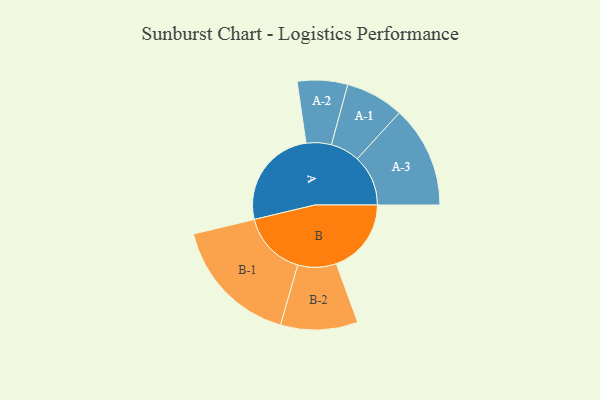
{"axis": {"x": "Segment", "y": "Value"}, "legend": ["", "A", "B"], "data": [{"x": "A", "y": 454, "type": ""}, {"x": "B", "y": 334, "type": ""}, {"x": "A-1", "y": 130, "type": "A"}, {"x": "A-2", "y": 112, "type": "A"}, {"x": "A-3", "y": 227, "type": "A"}, {"x": "B-1", "y": 289, "type": "B"}, {"x": "B-2", "y": 172, "type": "B"}]}